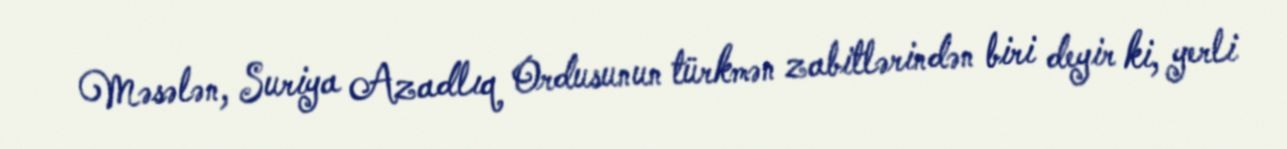
Məsələn, Suriya Azadlıq Ordusunun türkmən zabitlərindən biri deyir ki, yerli